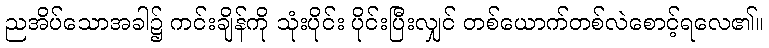
ညအိပ်သောအခါ၌ ကင်းချိန်ကို သုံးပိုင်း ပိုင်းပြီးလျှင် တစ်ယောက်တစ်လဲစောင့်ရလေ၏။